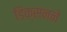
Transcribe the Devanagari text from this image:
डिक्सनने